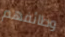
وظائفهم